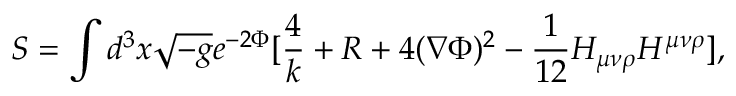
S = \int d ^ { 3 } x \sqrt { - g } e ^ { - 2 \Phi } [ \frac { 4 } { k } + R + 4 ( \nabla \Phi ) ^ { 2 } - \frac { 1 } { 1 2 } H _ { \mu \nu \rho } H ^ { \mu \nu \rho } ] ,